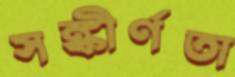
সঙ্কীর্ণতা